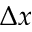
\Delta x